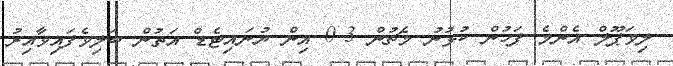
ލިވަޕޫލް އެންމެ ފަހުން ކުޅުނު މެޗުން 3-0 އިން ޔުނައިޓެޑް އަތުން ބަލިވެފައިވާއިރު